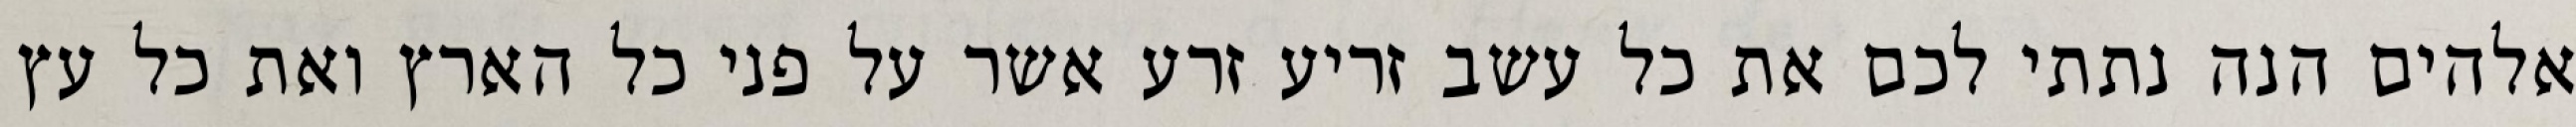
אלהים הנה נתתי לכם את כל עשב זריע זרע אשר על פני כל הארץ ואת כל עץ